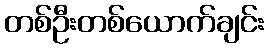
တစ်ဦးတစ်ယောက်ချင်း